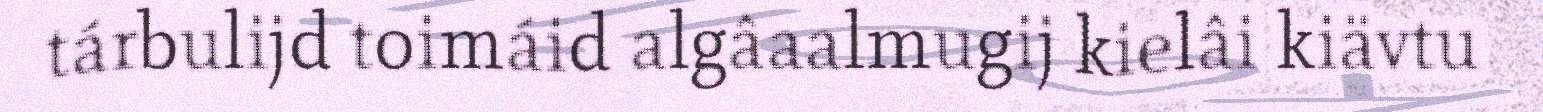
tárbulijd toimáid algâaalmugij kielâi kiävtu